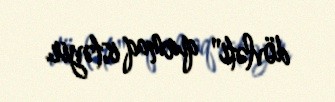
dövləti" qurmaq istəyir.